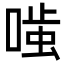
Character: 𭉤